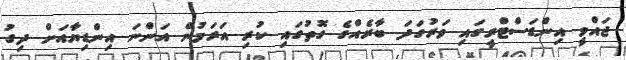
ޖައްވީ އިންޑަސްޓްރީގައި ވަރުގަދަ ބާރެއްގެ ގޮތުގައި ކުރި އަރަމުން އަންނަ އިންޑިޔާއަށް ދިގު